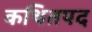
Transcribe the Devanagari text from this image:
कथितपद